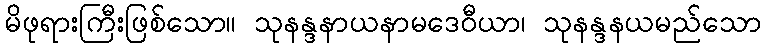
မိဖုရားကြီးဖြစ်သော။ သုနန္ဒနာယနာမဒေဝီယာ၊ သုနန္ဒနယမည်သော